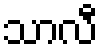
သာလီ